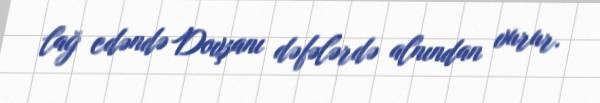
lağ edəndə Dovşanı dəfələrdə alnından vurur.